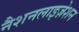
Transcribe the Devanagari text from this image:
नैशनलाइज़ेशन